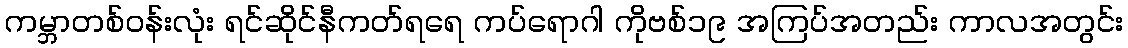
ကမ္ဘာတစ်ဝန်းလုံး ရင်ဆိုင်နီကတ်ရရေ ကပ်ရောဂါ ကိုဗစ်၁၉ အကြပ်အတည်း ကာလအတွင်း